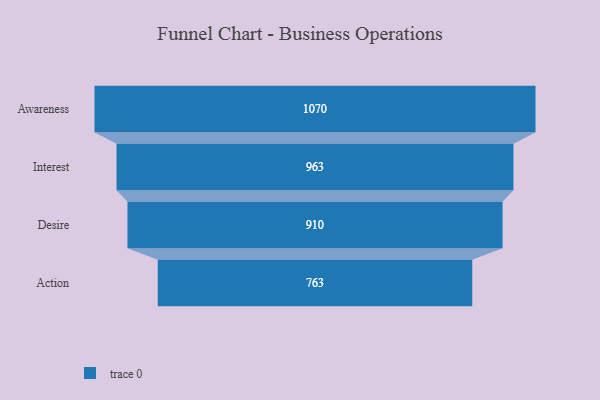
{"axis": {"x": "Stage", "y": "Value"}, "legend": [""], "data": [{"x": "Awareness", "y": 1070.0, "type": ""}, {"x": "Interest", "y": 963.0, "type": ""}, {"x": "Desire", "y": 910.0, "type": ""}, {"x": "Action", "y": 763.0, "type": ""}]}